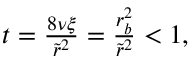
\begin{array} { r } { t = \frac { 8 \nu \xi } { \tilde { r } ^ { 2 } } = \frac { r _ { b } ^ { 2 } } { \tilde { r } ^ { 2 } } < 1 , } \end{array}